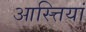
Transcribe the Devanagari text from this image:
आस्त्तियां